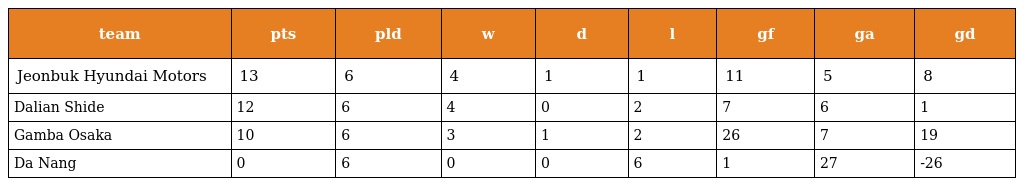
| team | pts | pld | w | d | l | gf | ga | gd |
 | --- | --- | --- | --- | --- | --- | --- | --- | --- |
 | Jeonbuk Hyundai Motors | 13 | 6 | 4 | 1 | 1 | 11 | 5 | 8 |
 | Dalian Shide | 12 | 6 | 4 | 0 | 2 | 7 | 6 | 1 |
 | Gamba Osaka | 10 | 6 | 3 | 1 | 2 | 26 | 7 | 19 |
 | Da Nang | 0 | 6 | 0 | 0 | 6 | 1 | 27 | -26 |